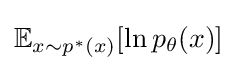
\mathbb {E} _{x\sim p^{*}(x)}[\ln p_{\theta }(x)]